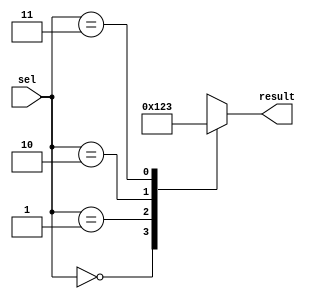
module parallel_case_statement (
    input wire [1:0] sel,
    output reg [3:0] result
);

always @(*)
begin
    case(sel)
        2'b00: result = 4'b0000; // Branch 1
        2'b01: result = 4'b0001; // Branch 2
        2'b10: result = 4'b0010; // Branch 3
        2'b11: result = 4'b0011; // Branch 4
        default: result = 4'bxxxx; // Default branch
    endcase
end

endmodule